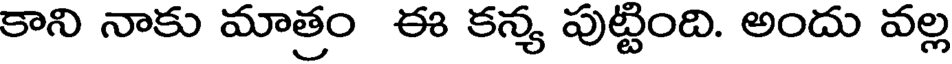
కాని నాకు మాత్రం ఈ కన్య పుట్టింది. అందు వల్ల